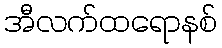
အီလက်ထရောနစ်